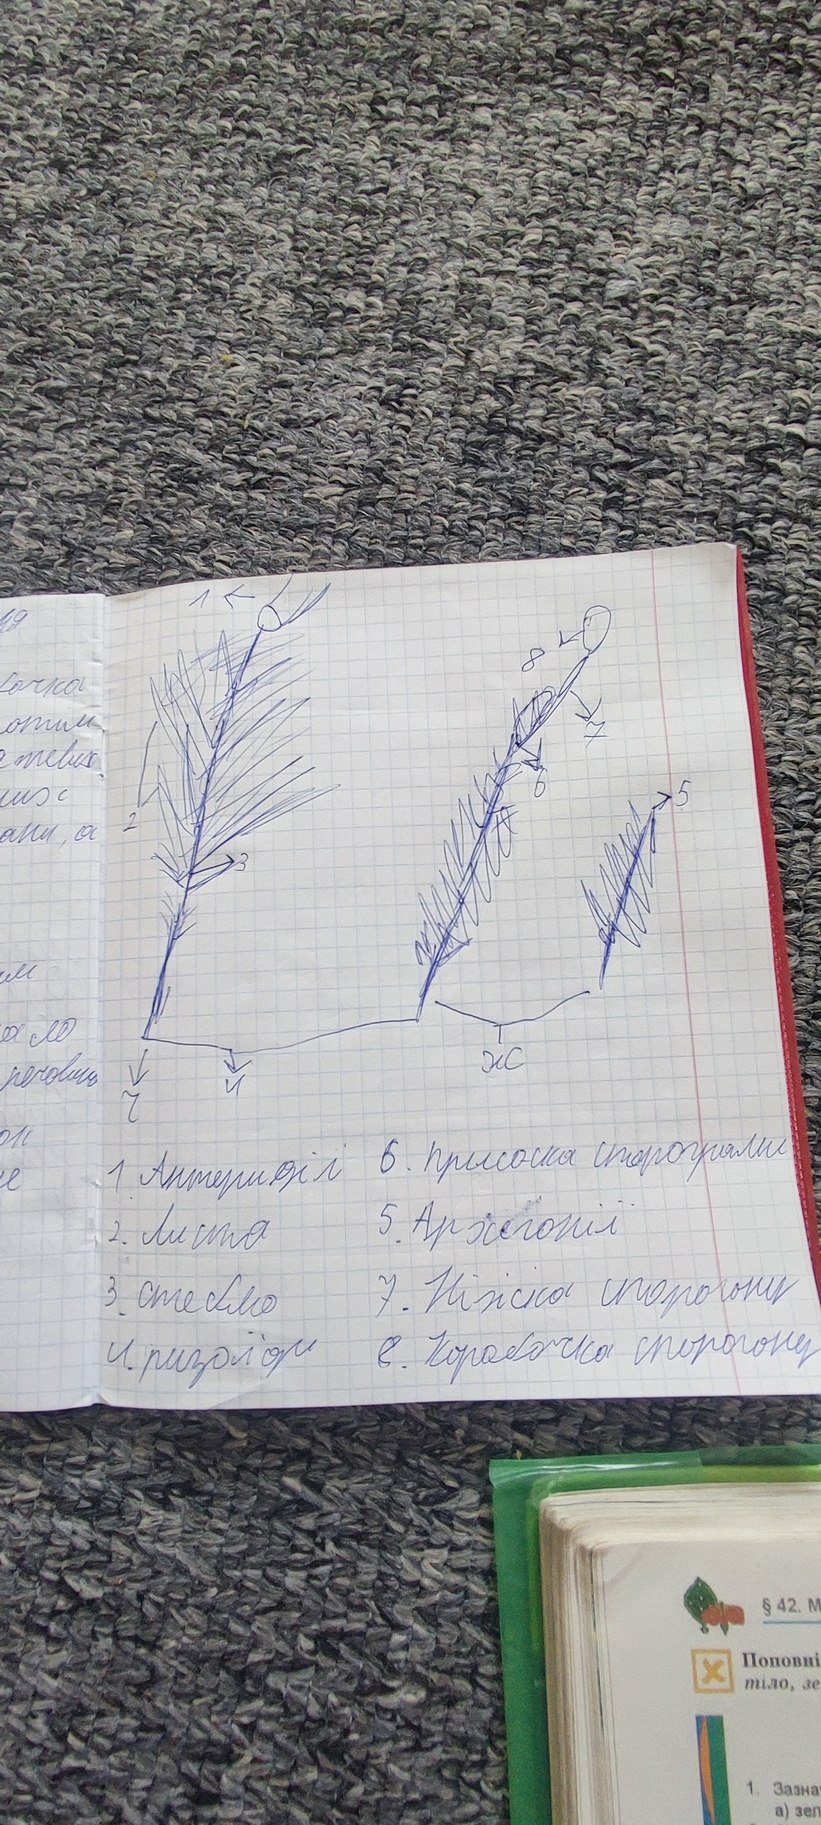
ня
очка
отим
тевих
их
ани, а
м
ало
речовин
он
6. присоска спорограми
1. Антеридії
е
2. Листя
5. Архегонії
7. Ніжка спорогону
3. стебмо
4. ризоїди
в. Коробочка спорогону
§ 42. М
Поповні
тіло, зе
1. Зазна
а) зел